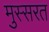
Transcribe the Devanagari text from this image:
मुस्सरत